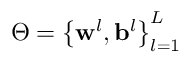
\boldsymbol { \Theta } = \left\{ \mathbf { w } ^ { l } , \mathbf { b } ^ { l } \right\} _ { l = 1 } ^ { L }